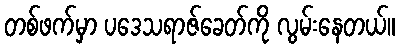
တစ်ဖက်မှာ ပဒေသရာဇ်ခေတ်ကို လွမ်းနေတယ်။